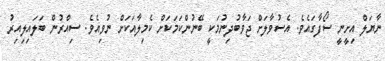
ނާޔަލް އިށީނީ ސޯފާގައެވެ. އެސުވާލަށް ޖަވާބުދިނުމަކީ ބޭނުންކަމަކަށް ކެމިލާއަކަށް ނުވިއެވެ. ސިއްރުން ބަލައިލިއިރު